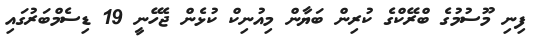
ފިނި މޫސުމުގެ ބްރޭކްގެ ކުރިން ބަޔާން މިއުނިކް ކުޅެން ޖެހޭނީ 19 ޑިސެމްބަރުގައި